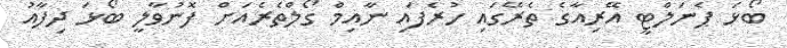
ބޯޅަ ޕެނަލްޓީ އޭރިއާގެ ތެރޭގައި ހުރެފައި ނާއިމް ގޯލްތެރެއަށް ފޮނުވާލީ ބޯޅަ ދިފާއު